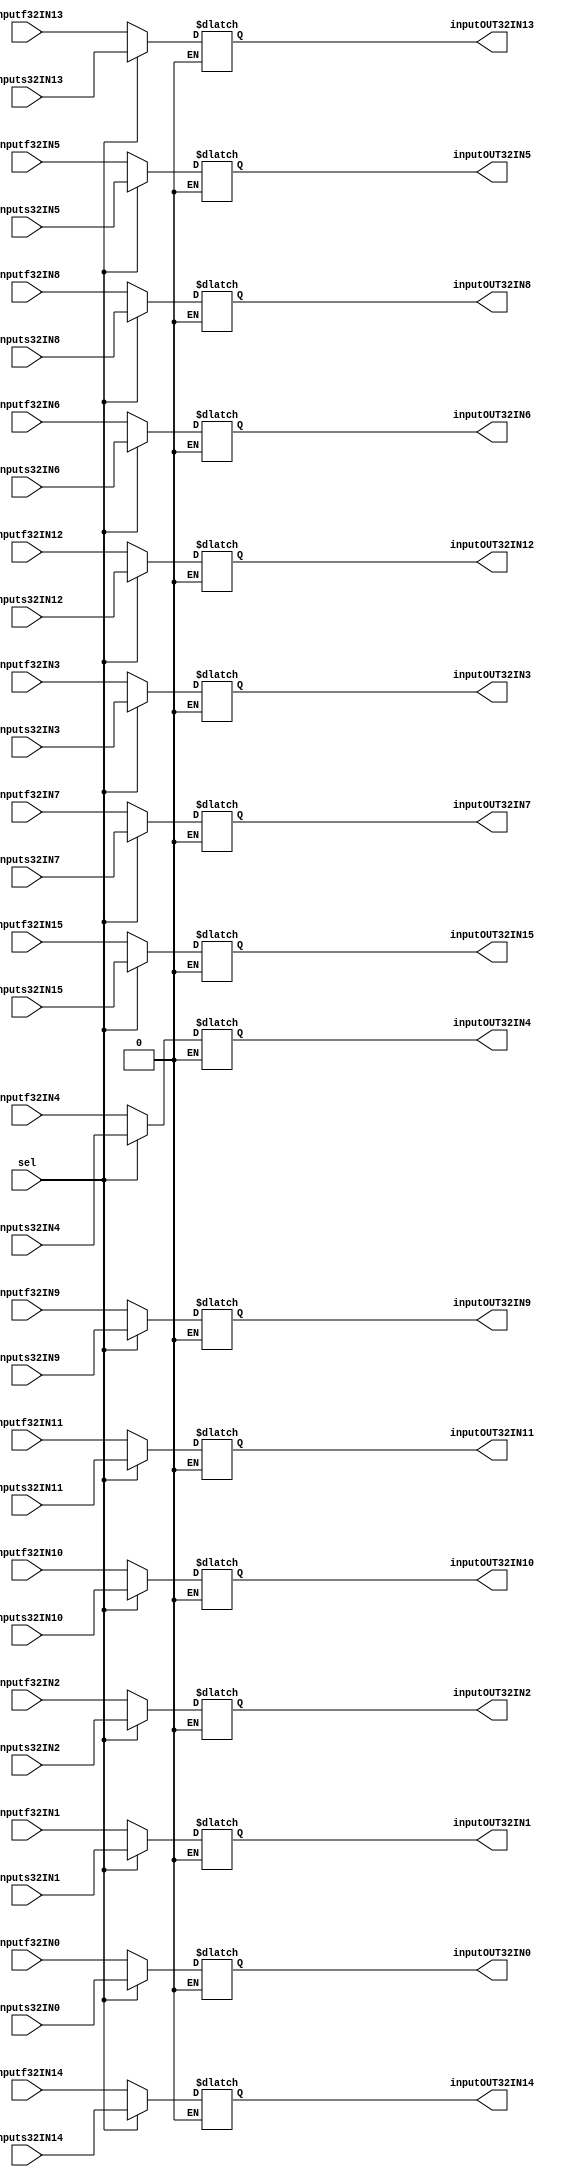
`timescale 1ns / 1ps
//////////////////////////////////////////////////////////////////////////////////
// Company: 
// Engineer: 
// 
// Design Name: 
// Module Name: Mux32to16
// Project Name: 
// Target Devices: 
// Tool Versions: 
// Description: 
// 
// Dependencies: 
// 
// Revision:
// Revision 0.01 - File Created
// Additional Comments:
// 
//////////////////////////////////////////////////////////////////////////////////


module Mux32to16(inputf32IN0, inputf32IN1, inputf32IN2, inputf32IN3, inputf32IN4, inputf32IN5, inputf32IN6, inputf32IN7, inputf32IN8, inputf32IN9, inputf32IN10, inputf32IN11, inputf32IN12, inputf32IN13, inputf32IN14, inputf32IN15, inputs32IN0, inputs32IN1, inputs32IN2, inputs32IN3, inputs32IN4, inputs32IN5, inputs32IN6, inputs32IN7, inputs32IN8, inputs32IN9, inputs32IN10, inputs32IN11, inputs32IN12, inputs32IN13, inputs32IN14, inputs32IN15
,inputOUT32IN0, inputOUT32IN1, inputOUT32IN2, inputOUT32IN3, inputOUT32IN4, inputOUT32IN5, inputOUT32IN6, inputOUT32IN7, inputOUT32IN8, inputOUT32IN9, inputOUT32IN10, inputOUT32IN11, inputOUT32IN12, inputOUT32IN13, inputOUT32IN14, inputOUT32IN15, sel);

input sel;
input [31:0] inputf32IN0, inputf32IN1, inputf32IN2, inputf32IN3, inputf32IN4, inputf32IN5, inputf32IN6, inputf32IN7, inputf32IN8, inputf32IN9, inputf32IN10, inputf32IN11, inputf32IN12, inputf32IN13, inputf32IN14, inputf32IN15, inputs32IN0, inputs32IN1, inputs32IN2, inputs32IN3, inputs32IN4, inputs32IN5, inputs32IN6, inputs32IN7, inputs32IN8, inputs32IN9, inputs32IN10, inputs32IN11, inputs32IN12, inputs32IN13, inputs32IN14, inputs32IN15;
output reg [31:0] inputOUT32IN0, inputOUT32IN1, inputOUT32IN2, inputOUT32IN3, inputOUT32IN4, inputOUT32IN5, inputOUT32IN6, inputOUT32IN7, inputOUT32IN8, inputOUT32IN9, inputOUT32IN10, inputOUT32IN11, inputOUT32IN12, inputOUT32IN13, inputOUT32IN14, inputOUT32IN15;

always @(*) begin 

    if (sel == 0) begin 
        inputOUT32IN0 <= inputf32IN0;
        inputOUT32IN1 <= inputf32IN1;
        inputOUT32IN2 <= inputf32IN2;
        inputOUT32IN3 <= inputf32IN3;
        inputOUT32IN4 <= inputf32IN4;
        inputOUT32IN5 <= inputf32IN5;
        inputOUT32IN6 <= inputf32IN6;
        inputOUT32IN7 <= inputf32IN7;
        inputOUT32IN8 <= inputf32IN8;
        inputOUT32IN9 <= inputf32IN9;
        inputOUT32IN10 <= inputf32IN10;
        inputOUT32IN11 <= inputf32IN11;
        inputOUT32IN12 <= inputf32IN12;
        inputOUT32IN13 <= inputf32IN13;
        inputOUT32IN14 <= inputf32IN14;
        inputOUT32IN15 <= inputf32IN15;
    end else if (sel == 1) begin 
        inputOUT32IN0 <= inputs32IN0;
        inputOUT32IN1 <= inputs32IN1;
        inputOUT32IN2 <= inputs32IN2;
        inputOUT32IN3 <= inputs32IN3;
        inputOUT32IN4 <= inputs32IN4;
        inputOUT32IN5 <= inputs32IN5;
        inputOUT32IN6 <= inputs32IN6;
        inputOUT32IN7 <= inputs32IN7;
        inputOUT32IN8 <= inputs32IN8;
        inputOUT32IN9 <= inputs32IN9;
        inputOUT32IN10 <= inputs32IN10;
        inputOUT32IN11 <= inputs32IN11;
        inputOUT32IN12 <= inputs32IN12;
        inputOUT32IN13 <= inputs32IN13;
        inputOUT32IN14 <= inputs32IN14;
        inputOUT32IN15 <= inputs32IN15;
    end

end 
endmodule